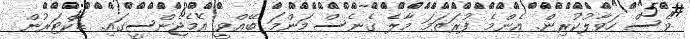
ވެސް ހަވާލުކުރިން. އެންމެ ފުރަތަމަ މާލެ ގެނެސް މަންމަ ބޭއްވީ އެމެޖެންސީގައި. ޑޮކްޓަރުން